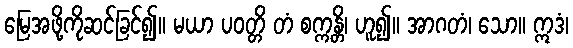
မြေအဖို့ကိုဆင်ခြင်၍။ မယာ ပဝတ္တိ တံ စက္ကန္တိ၊ ဟူ၍။ အာဂတံ၊ သော။ ဣဒံ၊